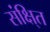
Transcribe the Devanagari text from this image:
संक्षि्त